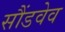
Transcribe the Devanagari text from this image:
सौंडवेव